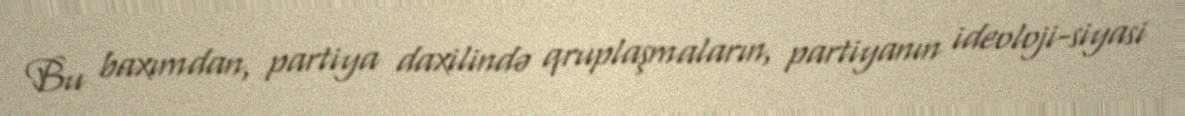
Bu baxımdan, partiya daxilində qruplaşmaların, partiyanın ideoloji-siyasi